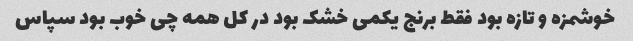
خوشمزه و تازه بود فقط برنج یکمی خشک بود در کل همه چی خوب بود سپاس